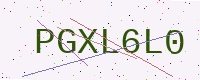
Text: PGXL6L0